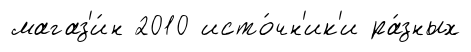
магаз'и́н 2010 исто́чн'ик'и ра́зных